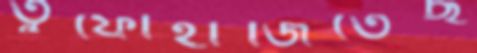
তুঁফোহাজিতেছ